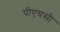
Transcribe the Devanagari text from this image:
पीएचसी